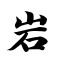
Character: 岩